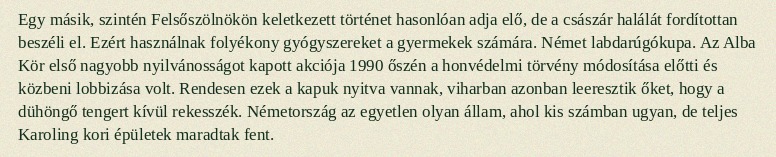
Egy másik, szintén Felsőszölnökön keletkezett történet hasonlóan adja elő, de a császár halálát fordítottan beszéli el. Ezért használnak folyékony gyógyszereket a gyermekek számára. Német labdarúgókupa. Az Alba Kör első nagyobb nyilvánosságot kapott akciója 1990 őszén a honvédelmi törvény módosítása előtti és közbeni lobbizása volt. Rendesen ezek a kapuk nyitva vannak, viharban azonban leeresztik őket, hogy a dühöngő tengert kívül rekesszék. Németország az egyetlen olyan állam, ahol kis számban ugyan, de teljes Karoling kori épületek maradtak fent.